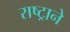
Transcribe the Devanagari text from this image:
राष्ट्रानेे